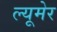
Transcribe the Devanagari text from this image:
ल्यूमेर